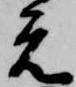
元